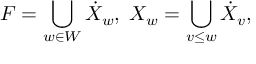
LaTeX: F = \bigcup _ { w \in W } \dot { X } _ { w } , \; X _ { w } = \bigcup _ { v \leq w } \dot { X } _ { v } ,